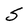
Character: S